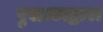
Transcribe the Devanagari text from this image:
पुस्तकाद्वारा